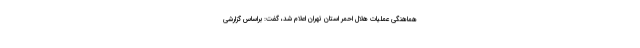
هماهنگی عملیات هلال احمر استان تهران اعلام شد، گفت: براساس گزارشی